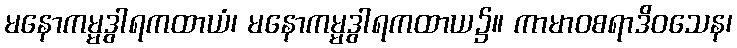
မနောကမ္မဒွါရကထာယံ၊ မနောကမ္မဒွါရကထာယ၌။ ကာမာဝစရာဒိဝသေန၊